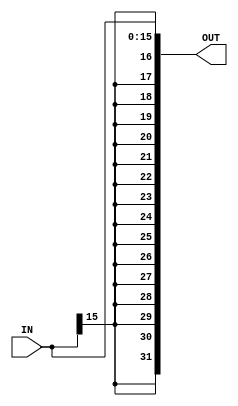
`timescale 1ns/1ns
module sign_extensor (
    input [15:0] IN,
    output [31:0] OUT
);

    assign OUT = { { 16 { IN[15] } }, IN };

endmodule // sign_extensor